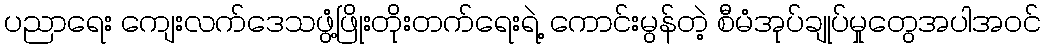
ပညာရေး ကျေးလက်ဒေသဖွံ့ဖြိုးတိုးတက်ရေးရဲ့ ကောင်းမွန်တဲ့ စီမံအုပ်ချုပ်မှုတွေအပါအဝင်